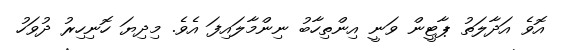
އޮވެ އަދާލަތު ޕާޓީން ވަނީ އިންތިހާބު ނިންމާލައިފަ އެވެ. މިދިޔަ ހޮނިހިރު ދުވަހު